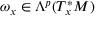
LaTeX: \omega _ { x } \in \Lambda ^ { p } ( T _ { x } ^ { * } M )